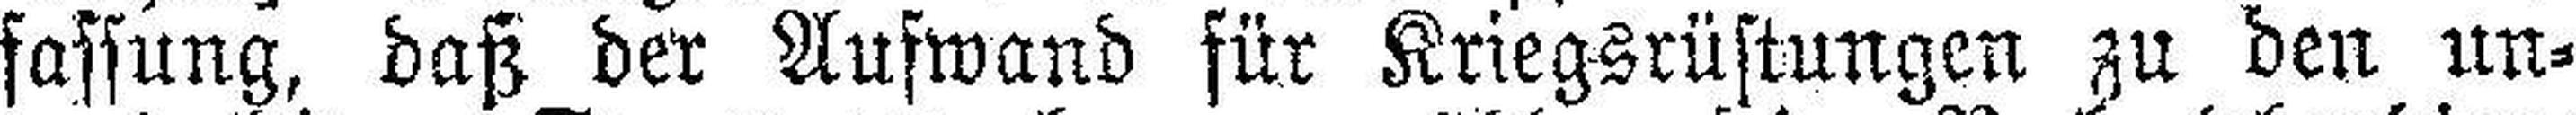
fassung, daß der Aufwand für Kriegsrüstungen zu den un¬